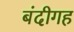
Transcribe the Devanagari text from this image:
बंदीगह